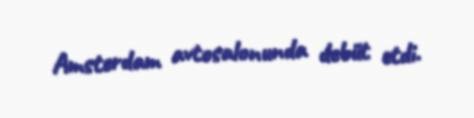
Amsterdam avtosalonunda debüt etdi.